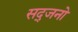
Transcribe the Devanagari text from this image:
सद्जनो